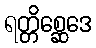
ရတ္တိစ္ဆေဒေ